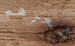
شعرهم